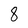
Character: 8